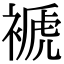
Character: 褫